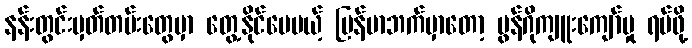
နန်းတွင်းမှတ်တမ်းတွေမှာ တွေ့နိုင်ပေမယ့် မြန်မာဘက်မှာတော့ မွန်ဂိုကျူးကျော်မှု ရပ်ဖို့